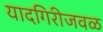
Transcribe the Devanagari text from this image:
यादगिरीजवळ